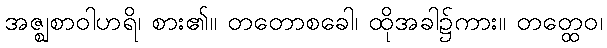
အဇ္ဈစာဝါဟရိ၊ စား၏။ တတောစခေါ၊ ထိုအခါ၌ကား။ တတ္ထေဝ၊